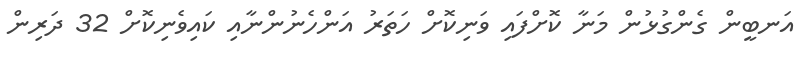
އަނބީން ގެންގުޅުން މަނާ ކޮށްފައި ވަނިކޮށް ހަތަރު އަންހެނުންނާއި ކައިވެނިކޮށް 32 ދަރިން